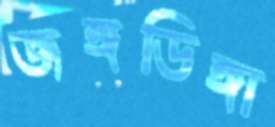
জঙ্গডিঙ্গা